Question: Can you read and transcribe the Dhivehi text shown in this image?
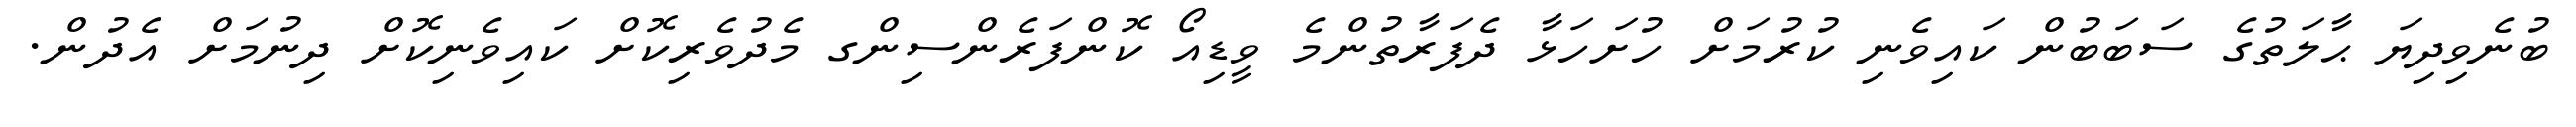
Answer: ބުނެވިދިޔަ ޙާލަތުގެ ސަބަބުން ކައިވެނި ކުރުމަށް ހުށަހަޅާ ދެފަރާތުންމެ ވީޑިއޯ ކޮންފަރެންސިންގ މެދުވެރިކޮށް ކައިވެނިކޮށް ދިނުމަށް އެދުން.